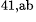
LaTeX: ^\textrm{\scriptsize 41,ab}